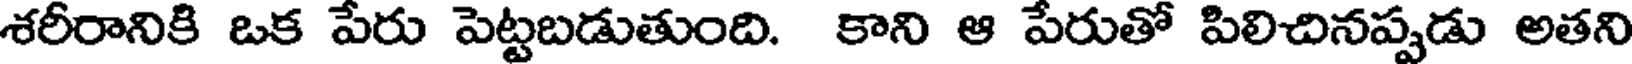
శరీరానికి ఒక పేరు పెట్టబడుతుంది. కాని ఆ పేరుతో పిలిచినప్పడు అతని